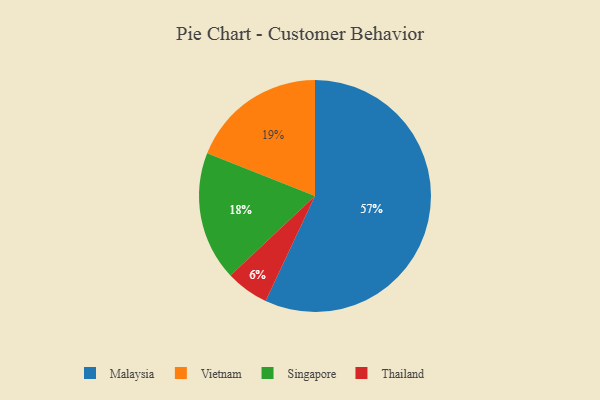
{"axis": {"x": "Category", "y": "Percentage"}, "legend": ["Malaysia", "Singapore", "Thailand", "Vietnam"], "data": [{"x": "Thailand", "y": 6, "type": "Thailand"}, {"x": "Singapore", "y": 18, "type": "Singapore"}, {"x": "Vietnam", "y": 19, "type": "Vietnam"}, {"x": "Malaysia", "y": 57, "type": "Malaysia"}]}